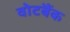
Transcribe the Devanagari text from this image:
वोटबैंक